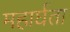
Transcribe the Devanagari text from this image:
महार्घता